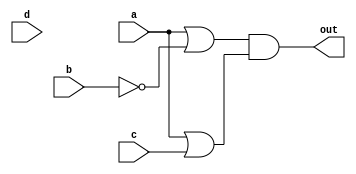
// https://hdlbits.01xz.net/wiki/Kmap3

module top_module(
    input a,
    input b,
    input c,
    input d,
    output out  );

    // sum of product
    // assign out = a | (~b & c);

    // product of sum
    assign out = (a | ~b) & (a | c);

endmodule